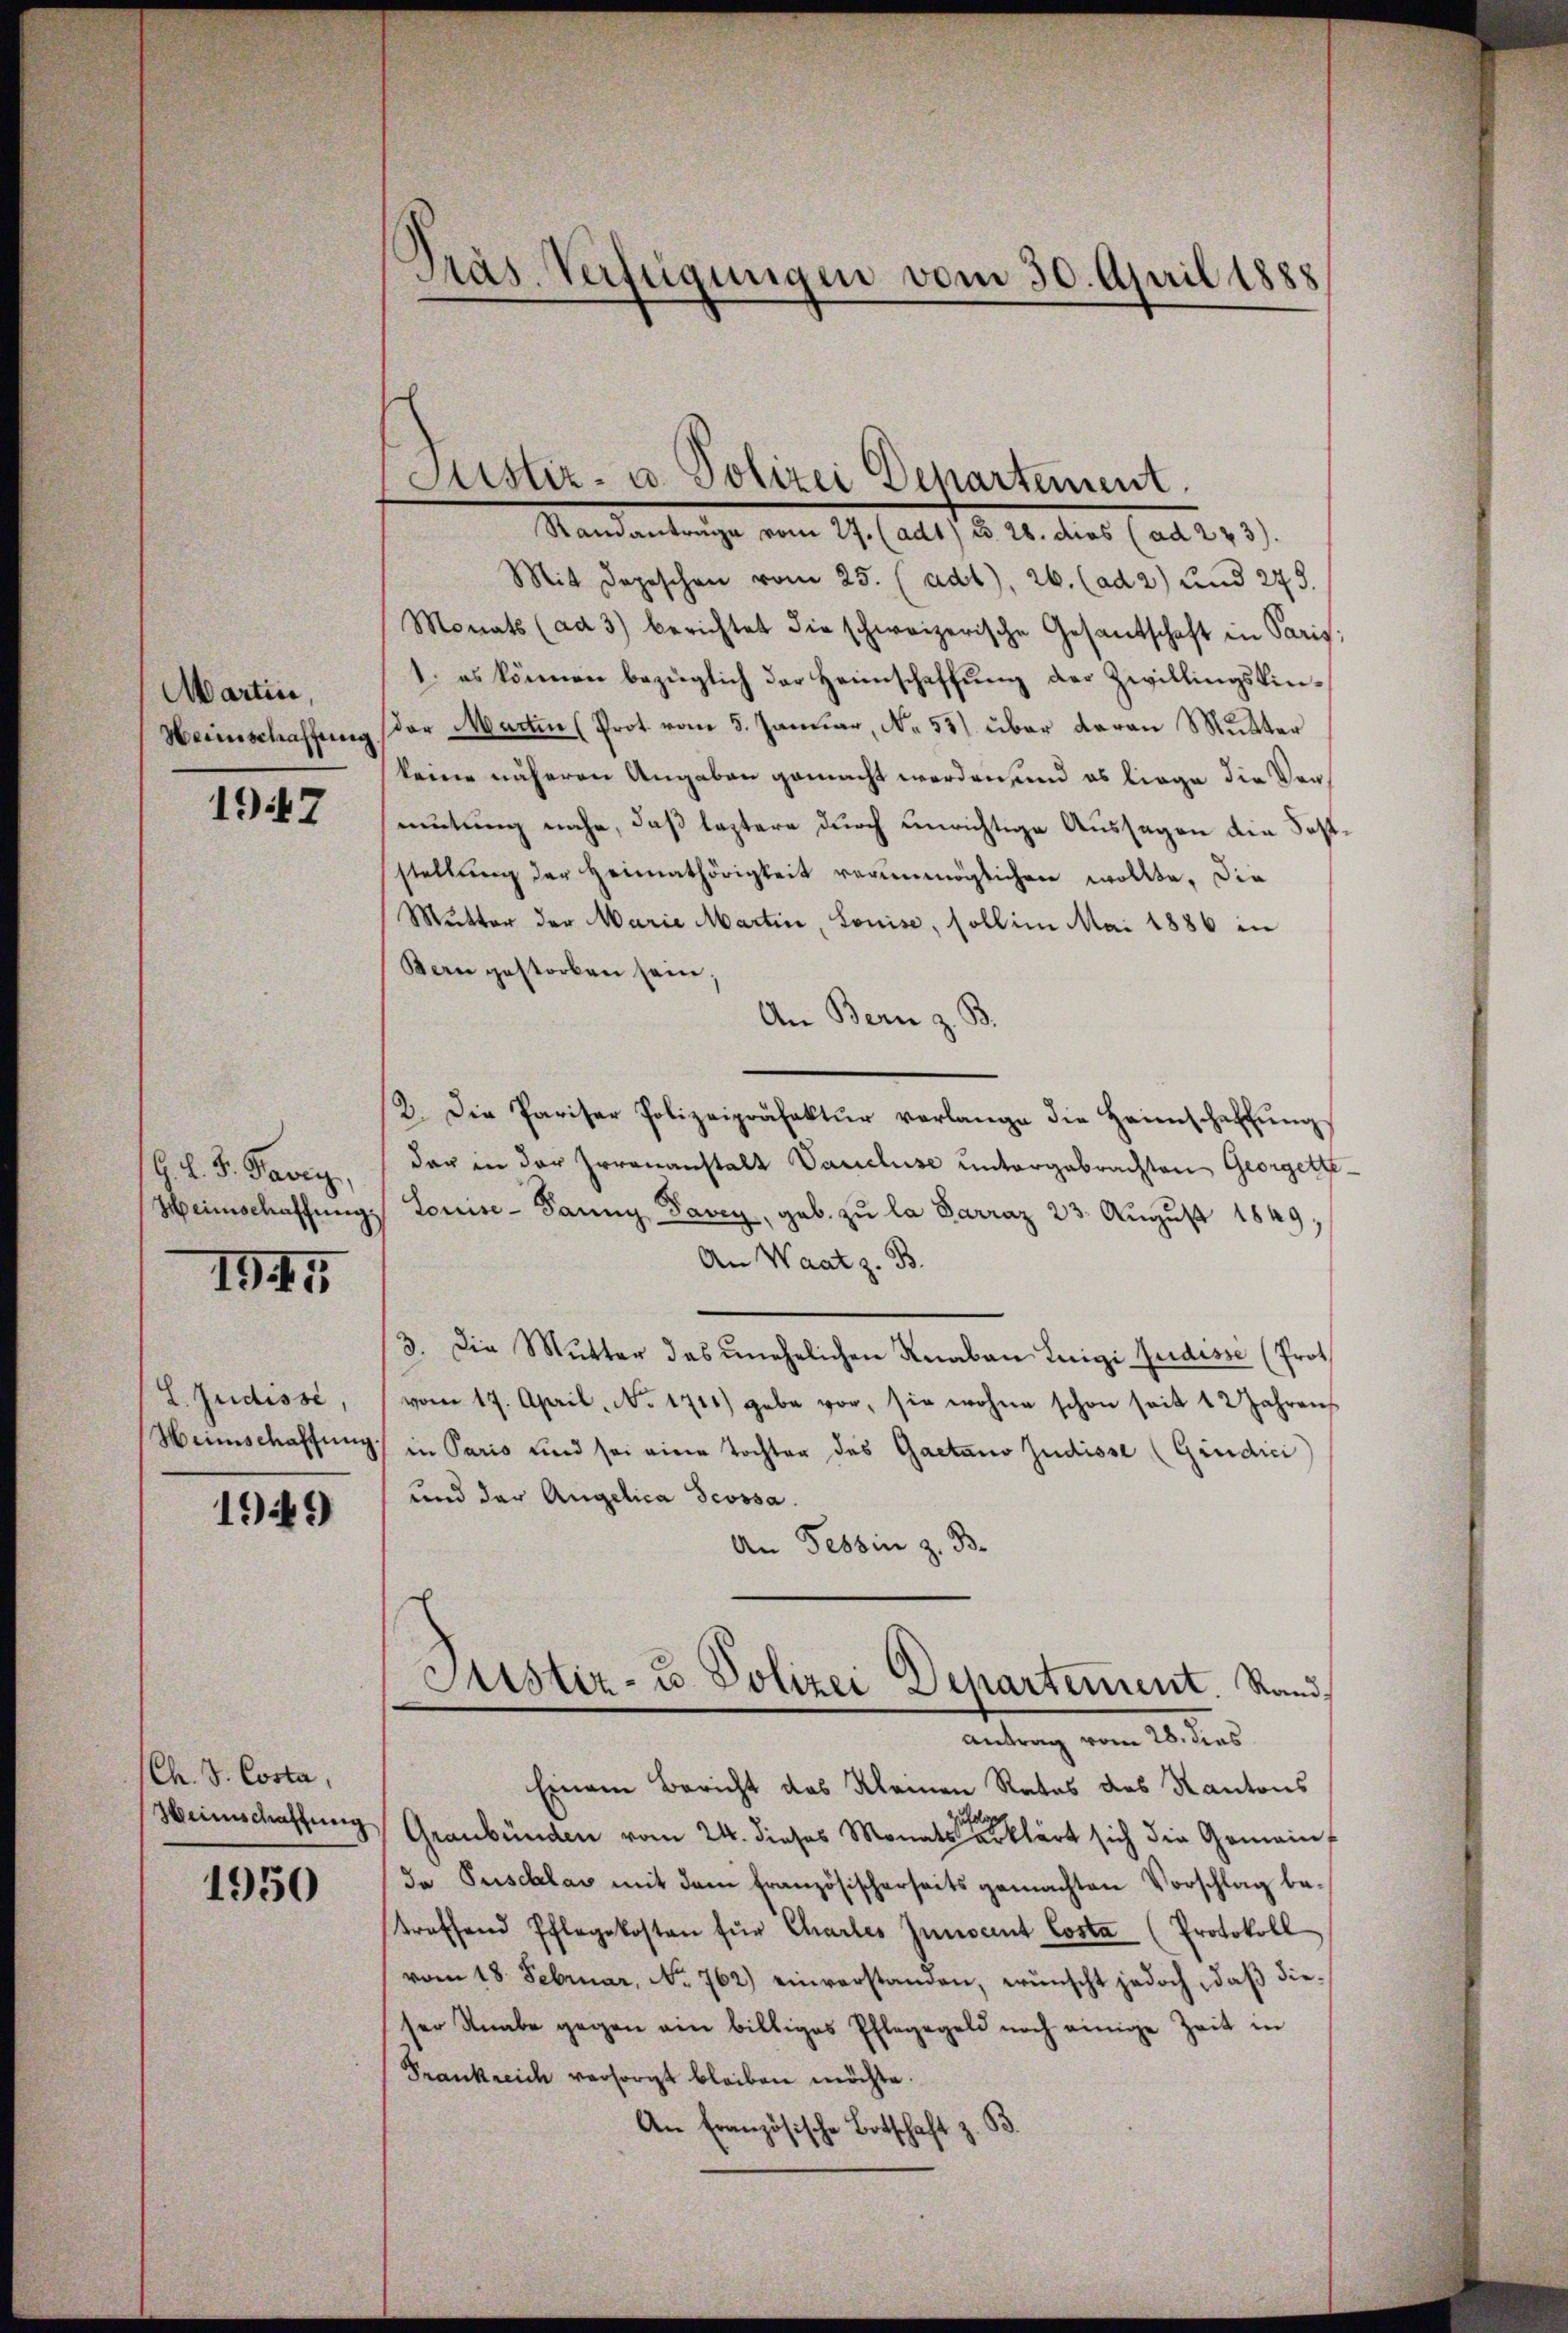
Martin,
Heinschaffung

1947

G. L. F. Favry,
Heimschaffung

1945

L. Zudisse,
Heimschaffung.

1949

(Ch. S. Costa,
Heimschaffung

1950

Präs. Verfügungen vom 30. April 1888

Justiz- u. Polizei Departement
Standantrage vom 27. (ad1) u. 28. dies (ad 223)

Mit Depeschen vom 25. (adt), 26. (ad 2) und 245.
Monats (ad 3) berichtet die schweizerische Gesandschaft in Paris;
1. es können bezüglich der Heimschaffung der Zwillingskinder Martin (Prot. vom 5. Januar, No. 55) über daran Mutter
keine näheren Angaben gemacht worden, und es liege die Vormutung nahe, daß leztere durch unrichtige Aussagen die Faststellung der Heimathörigkeit verunmöglichen wollte, die
Mutter der Marie Martin, Louise, soll im Mai 1886 in
Bern gestorben sein;
An Bern z. B.
2. Die Pariser Polizeipräfektŭr verlange die Heimschaffŭng
dar in der Irrenanstalt Vaucluse untergebrachten Georgethe¬
Souise-Panny Pavey, geb. zu la Sarraz 23. Aŭgŭst 1849.
An Waatz. B.
3. Die Mutter das unehelichen Knaben Luigi Judisse (Prot
vom 17. April, No. 1711) gebe vor, sie wohne schon seit 12 Jahren
in Paris und sei eine Tochter des Gaetano Judisse (Giudici
und der Angelica Jcossa
An Tessin z. B.
Justiz- u. Polizei Departement. Rand¬
Antrag vom 28. dies
Einem Bericht das Kleinen Rates des Kantons
Graubünden vom 24. dieses Monats erklärt sich die Gemein¬
Ja Puschlas mit dem französischerseits gemachten Vorschlag betreffend Pflegekosten für Chartes Zunocent Costa (Protokoll
vom 18. Februar, No. 762.) einverstanden, wünscht jedoch, daß dieser Knabe gegen ein billiges Pflegegeld noch einige Zeit in
Frankreich versorgt bleiben möchte.
An Französische Botschaft z. B.